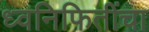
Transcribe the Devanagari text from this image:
ध्वनिफितींचा